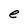
Character: e